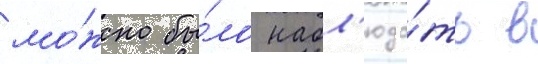
мо́жно бы́ло набл'юда́ть в